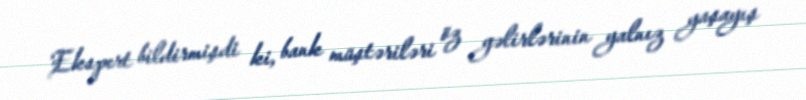
Ekspert bildirmişdi ki, bank müştəriləri öz gəlirlərinin yalnız yaşayış